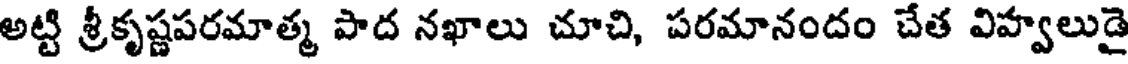
అట్టి శ్రీకృష్ణపరమాత్మ పాద నఖాలు చూచి, పరమానందం చేత విహ్వలుడై